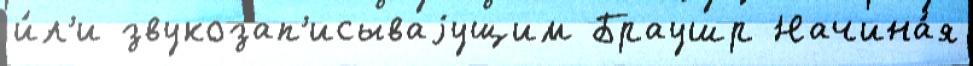
и́л'и звукозап'исываjущим Браушр Начина́я